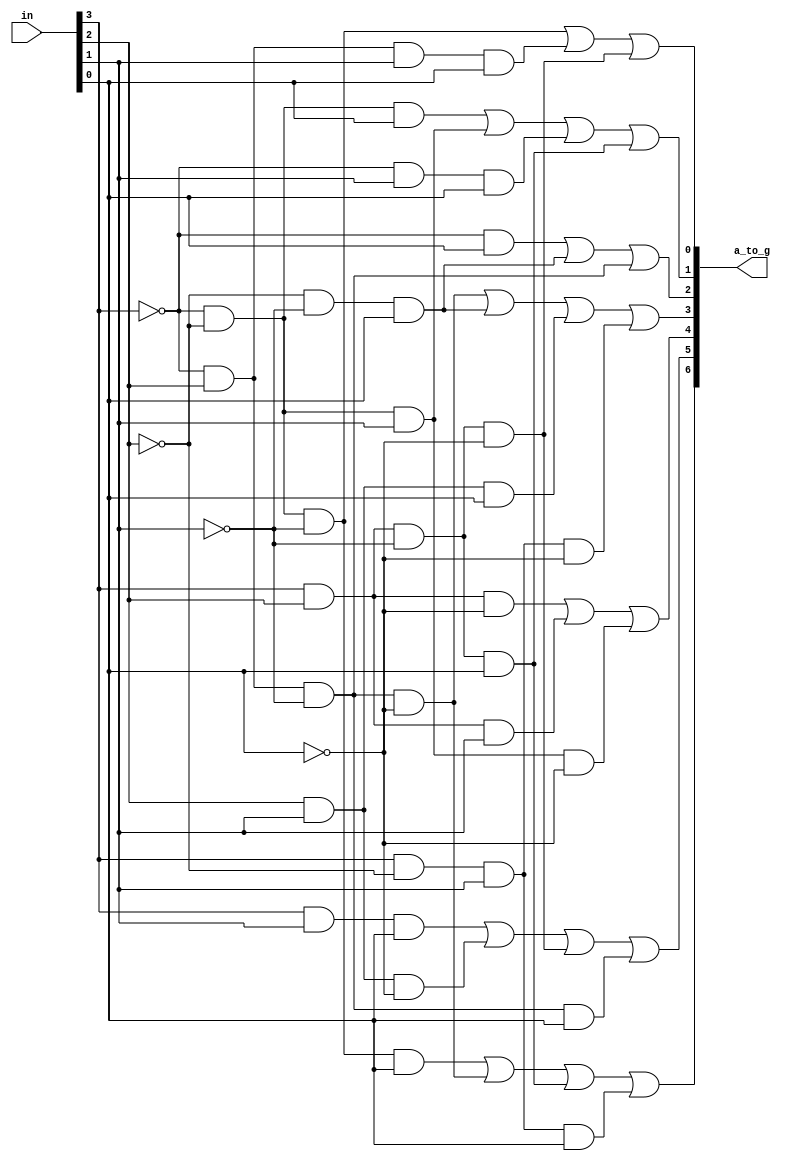
module seg7_decoder(in, a_to_g);

input [3:0] in;
// in[0] = D, in[1] = C, in[2] = B, in[3] = A in your truth table
output [6:0] a_to_g;


assign a_to_g[6] = (~in[3] & ~in[2] & ~in[1] & in[0]) | (~in[3] & in[2] & ~in[1] & ~in[0]) | (in[3] & in[2] & ~in[1] & in[0]) | (in[3] & ~in[2] & in[1] & in[0]);
assign a_to_g[5] = (in[3] & in[1] & in[0]) | (in[2] & in[1] & ~in[0]) | (in[3] & in[2] & ~in[1] & ~in[0]) | (~in[3] & in[2] & ~in[1] & in[0]);
assign a_to_g[4] = (in[3] & in[2] & ~in[0]) | (in[3] & in[2] & in[1]) | (~in[3] & ~in[2] & in[1] & ~in[0]);
assign a_to_g[3] = (~in[3] & in[2] & ~in[1] & ~in[0]) | (~in[2] & ~in[1] & in[0]) | (in[2] & in[1] & in[0]) | (in[3] & ~in[2] & in[1] & ~in[0]);
assign a_to_g[2] = (~in[3] & in[0]) | (~in[2] & ~in[1] & in[0]) | (~in[3] & in[2] & ~in[1]);
assign a_to_g[1] = (~in[3] & ~in[2] & in[0]) | (~in[3] & ~in[2] & in[1]) | (~in[3] & in[1] & in[0]) | (in[3] & in[2] & ~in[1] & in[0]);
assign a_to_g[0] = (~in[3] & ~in[2] & ~in[1]) | (~in[3] & in[2] & in[1] & in[0]) | (in[3] & in[2] & ~in[1] & ~in[0]);
endmodule